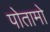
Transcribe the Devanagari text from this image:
पोतामो